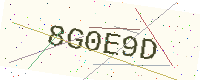
Text: 8G0E9D